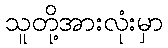
သူတို့အားလုံးမှာ